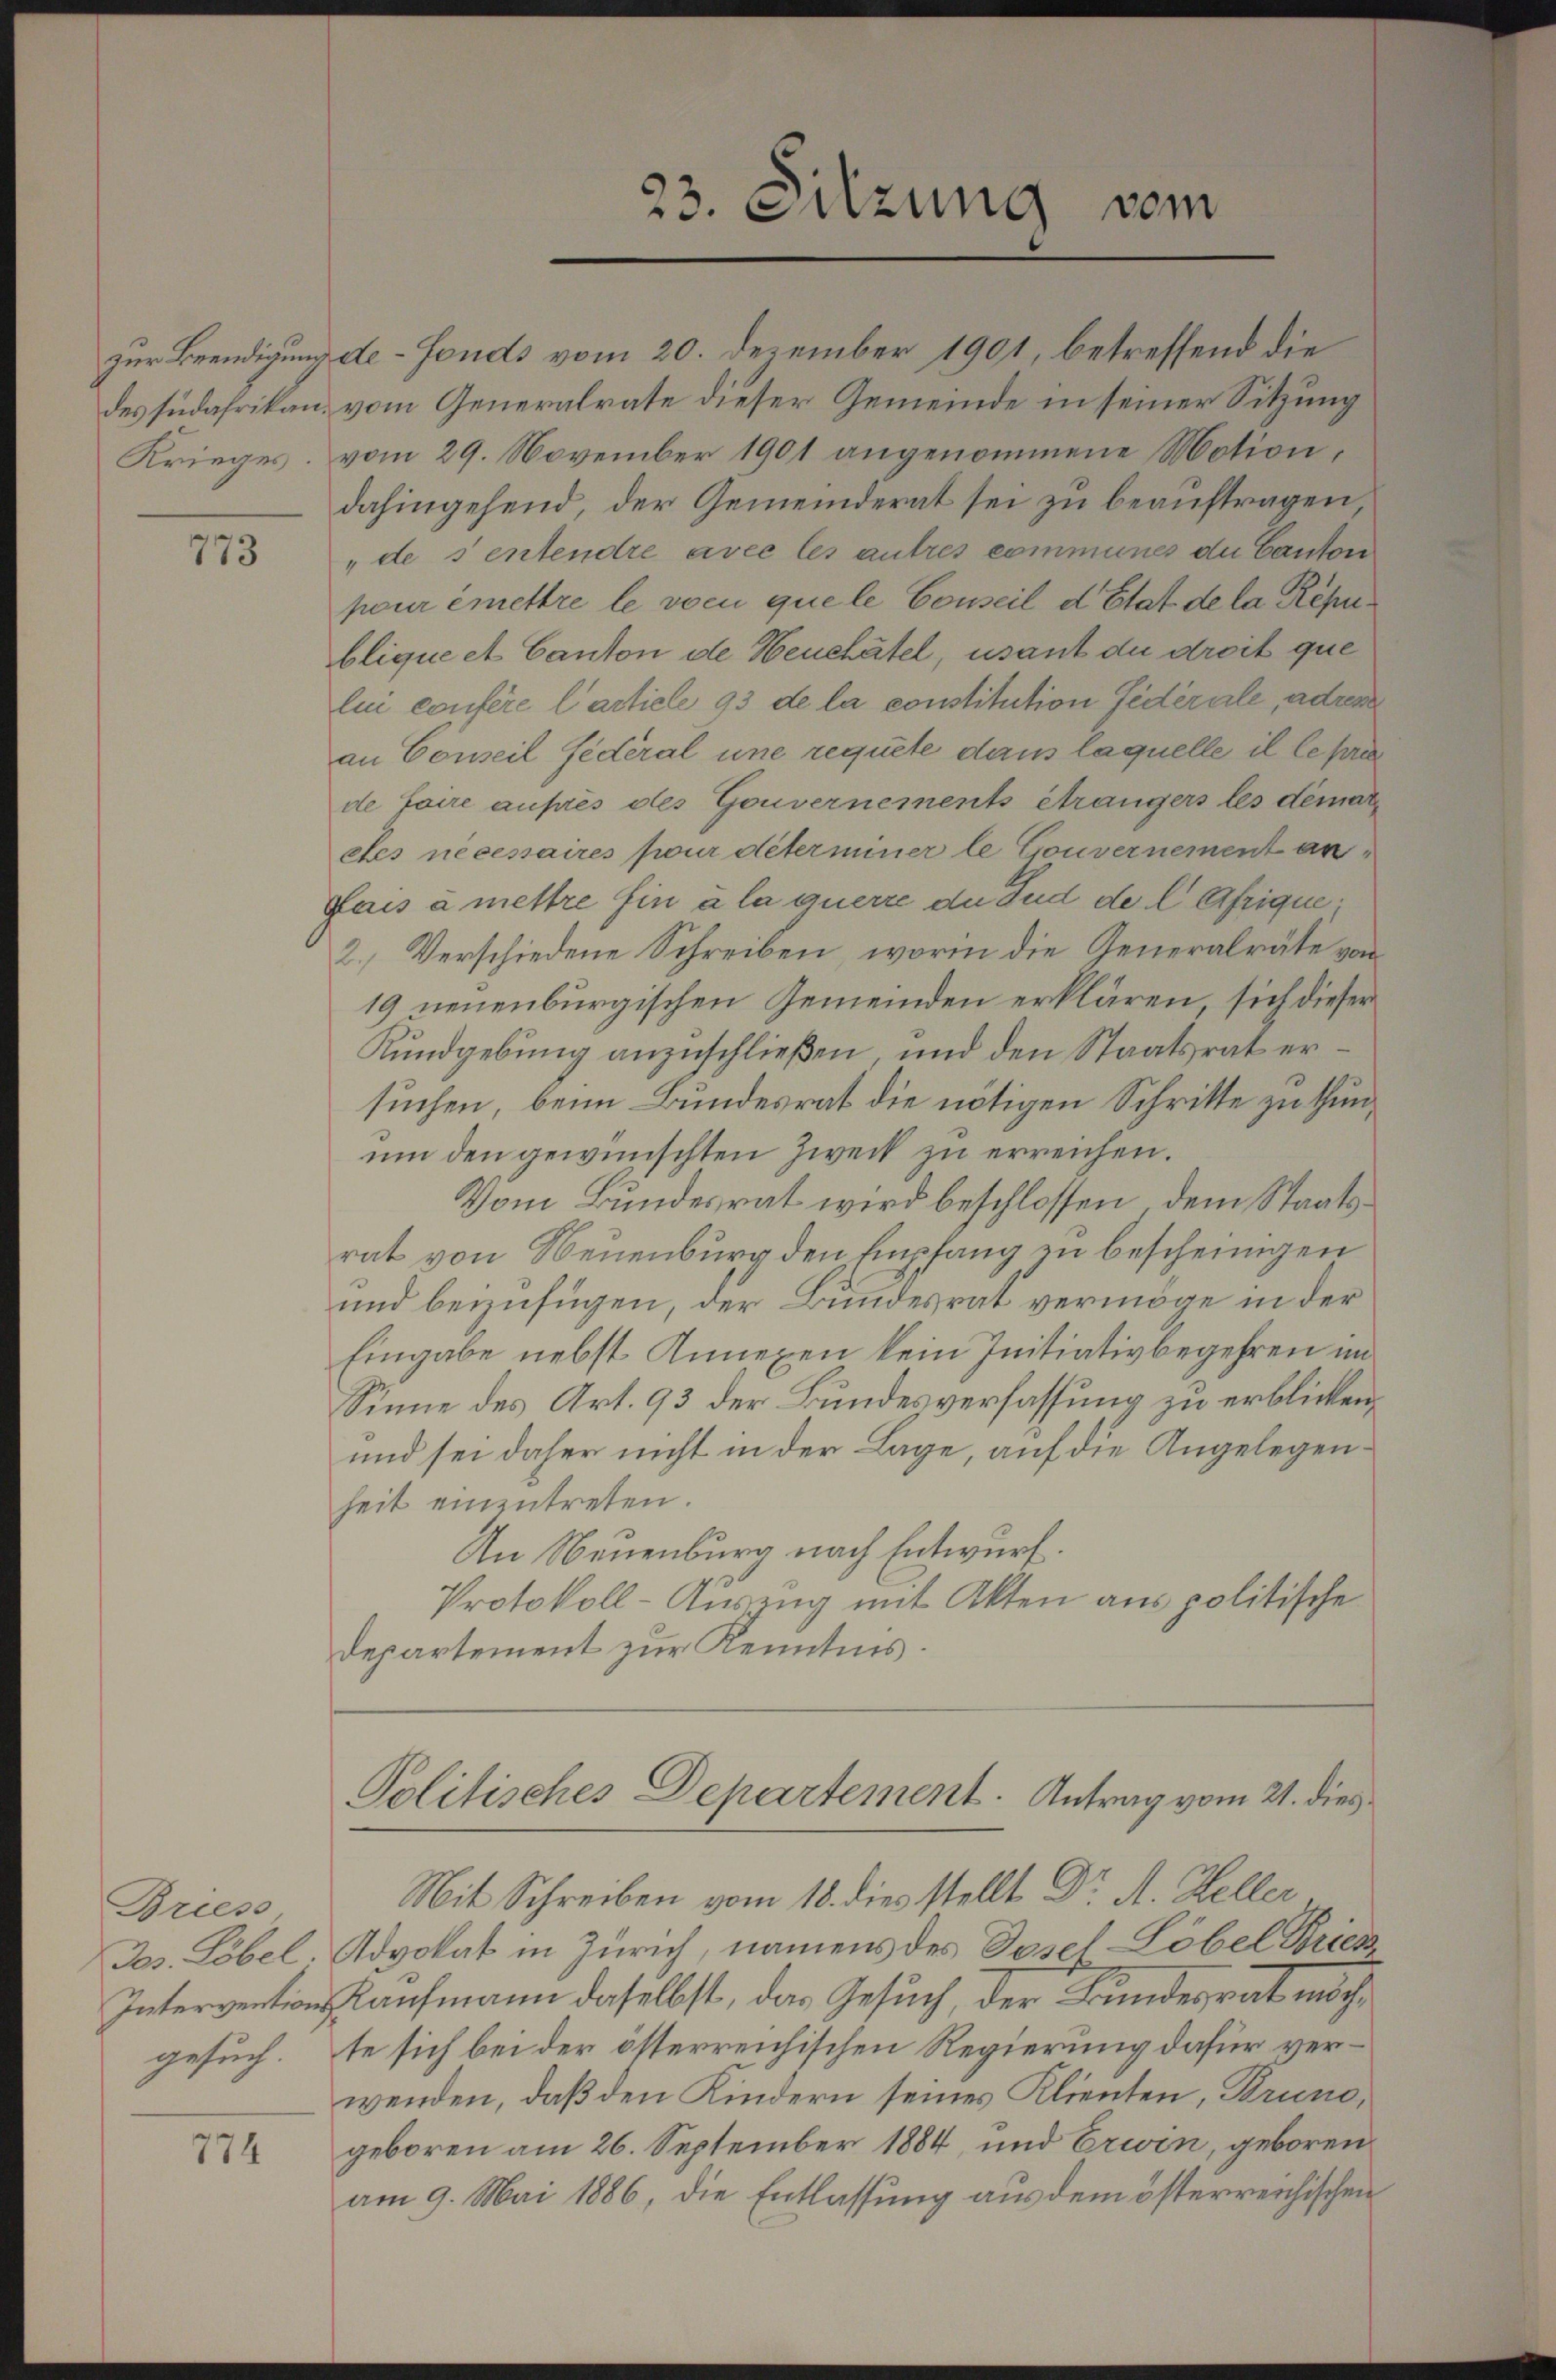
773

Bries
gesuch.

774

zur Beendigung de-Fonds vom 20. Dezember 1901, betreffend die
des südafrikan, vom Generalrate dieser Gemeinde in seiner Sitzung
Krieges. vom 29. November 1901 angenommene Motion,
dahingehend, der Gemeinderat sei zu beauftragen,
"de sentendre avec les autres communes du Canton
pour émettre le voci que le Conseil d’Etat de la République et Canton de Neuchatel, usant du droit que
lui confere Carticle 93 de la constitution fidérale, adres
an Conseil fédéral une requete dans laquelle il le prie
de faire aufes des Gouvernements étrangers les demar
dtes necesaires pour déterminer le Gouvernement an¬
Pais à mettre fin à la querre du und de l Afrique;
2.) Verschiedene Schreiben, worin die Generalräte von
19 neuenburgischen Gemeinden erklären, sich dieser
Rundgebung anzuschließen und den Staatsrat ersuchen, beim Bundesrat die nötigen Schritte zu thunum den gewünschten Zweck zu erreichen.
Vom Bundesrat wird beschlossen, dem Staatsrat von Neuenburg den Empfang zu bescheinigen
und beizufügen, der Bundesrat vermöge in der
Eingabe nebst Annexen kein Initiativbegehren im
Sinne des Art. 93 der Bundesverfassung zu erblicken.
und sei daher nicht in der Lage, auf die Angelegenheit einzutreten.
An Neuenburg nach Entwurf.
Protokoll-Auszug mit Akten aus politische
departement zur Kenntnis.

23. Sitzung vom

Mit Schreiben vom 18. dies stellt Dr. A. Heller,
Jos. Löbel, Advokat in Zürich, namens des Diesel-Löbel Bries
Interventionskaufmann daselbst, das Gesuch, der Bundesrat möchte sich bei der österreichischen Regierung dafür verwenden, daß den Kindern seines Klienten, Bruno,
geboren am 26. September 1884, und Erwin, geboren
am 9. Mai 1886, die Entlassung aus dem österreichischen

Politisches Departement. Antrag vom 21. dies